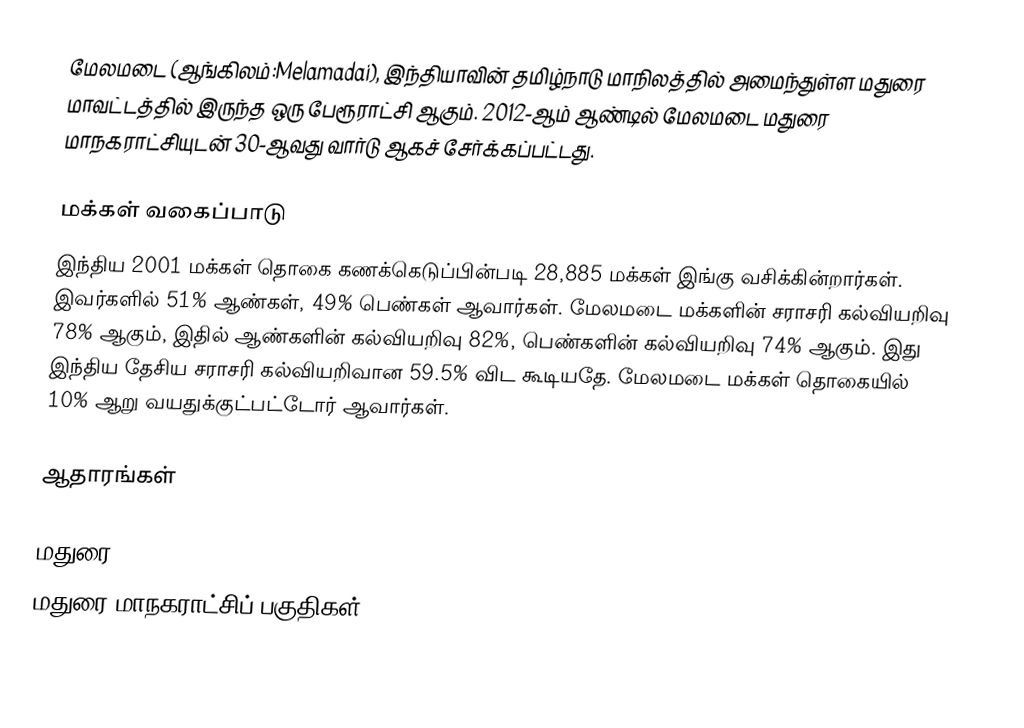
மேலமடை (ஆங்கிலம்:Melamadai), இந்தியாவின் தமிழ்நாடு மாநிலத்தில் அமைந்துள்ள மதுரை மாவட்டத்தில் இருந்த ஒரு பேரூராட்சி ஆகும். 2012-ஆம் ஆண்டில் மேலமடை மதுரை மாநகராட்சியுடன் 30-ஆவது வார்டு ஆகச் சேர்க்கப்பட்டது.

மக்கள் வகைப்பாடு
இந்திய 2001 மக்கள் தொகை கணக்கெடுப்பின்படி 28,885 மக்கள் இங்கு வசிக்கின்றார்கள். இவர்களில் 51% ஆண்கள், 49% பெண்கள் ஆவார்கள். மேலமடை மக்களின் சராசரி கல்வியறிவு 78% ஆகும்,  இதில் ஆண்களின் கல்வியறிவு 82%,  பெண்களின் கல்வியறிவு 74% ஆகும். இது இந்திய தேசிய சராசரி கல்வியறிவான 59.5% விட கூடியதே. மேலமடை மக்கள் தொகையில் 10%  ஆறு வயதுக்குட்பட்டோர் ஆவார்கள்.

ஆதாரங்கள்

மதுரை
மதுரை மாநகராட்சிப் பகுதிகள்